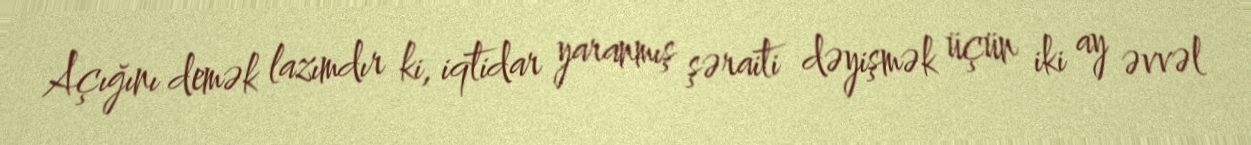
Açığını demək lazımdır ki, iqtidar yaranmış şəraiti dəyişmək üçün iki ay əvvəl